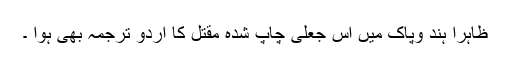
ظاہرا ہند وپاک میں اس جعلی چاپ شدہ مقتل کا اردو ترجمہ بھی ہوا ۔